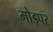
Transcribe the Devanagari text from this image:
मोड़पर